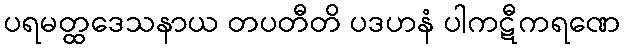
ပရမတ္ထဒေသနာယ တပတီတိ ပဒဟနံ ပါကဋီကရဏေ